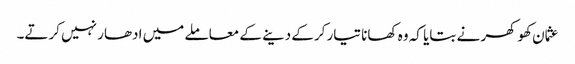
عثمان کھوکھر نے بتایا کہ وہ کھانا تیار کرکے دینے کے معاملے میں ادھار نہیں کرتے۔